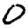
Digit: 0